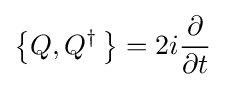
\left\{Q,Q^{\dagger }\,\right\}=2i{\frac {\partial }{\partial t}}